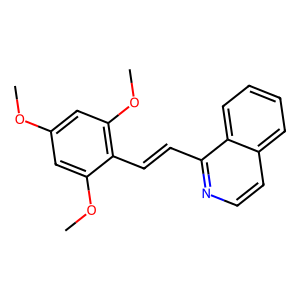
SMILES: COc1cc(OC)c(C=Cc2nccc3ccccc23)c(OC)c1
Inhibits HIV replication: No